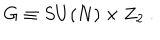
LaTeX: G \equiv S U ( N ) \times Z _ { 2 } \ .